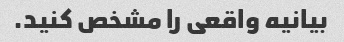
بیانیه واقعی را مشخص کنید.